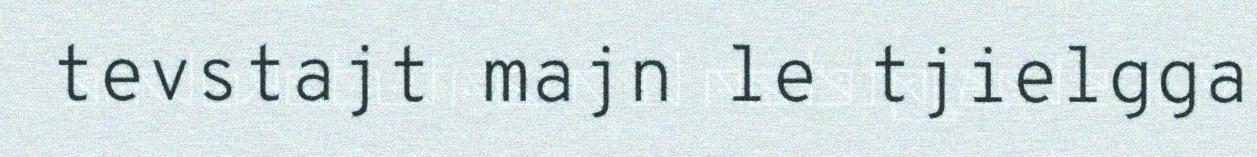
tevstajt majn le tjielgga